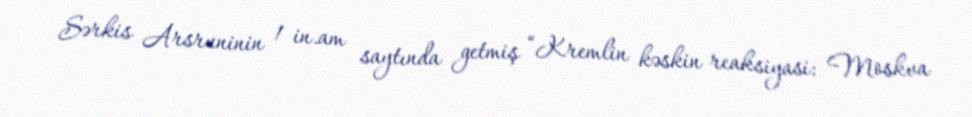
Sərkis Arsruninin 1 in.am saytında getmiş “Kremlin kəskin reaksiyasi: Moskva